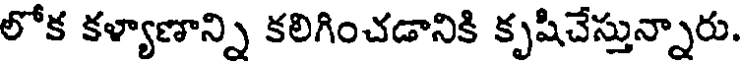
లోక కళ్యాణాన్ని కలిగించడానికి కృషిచేస్తున్నారు.